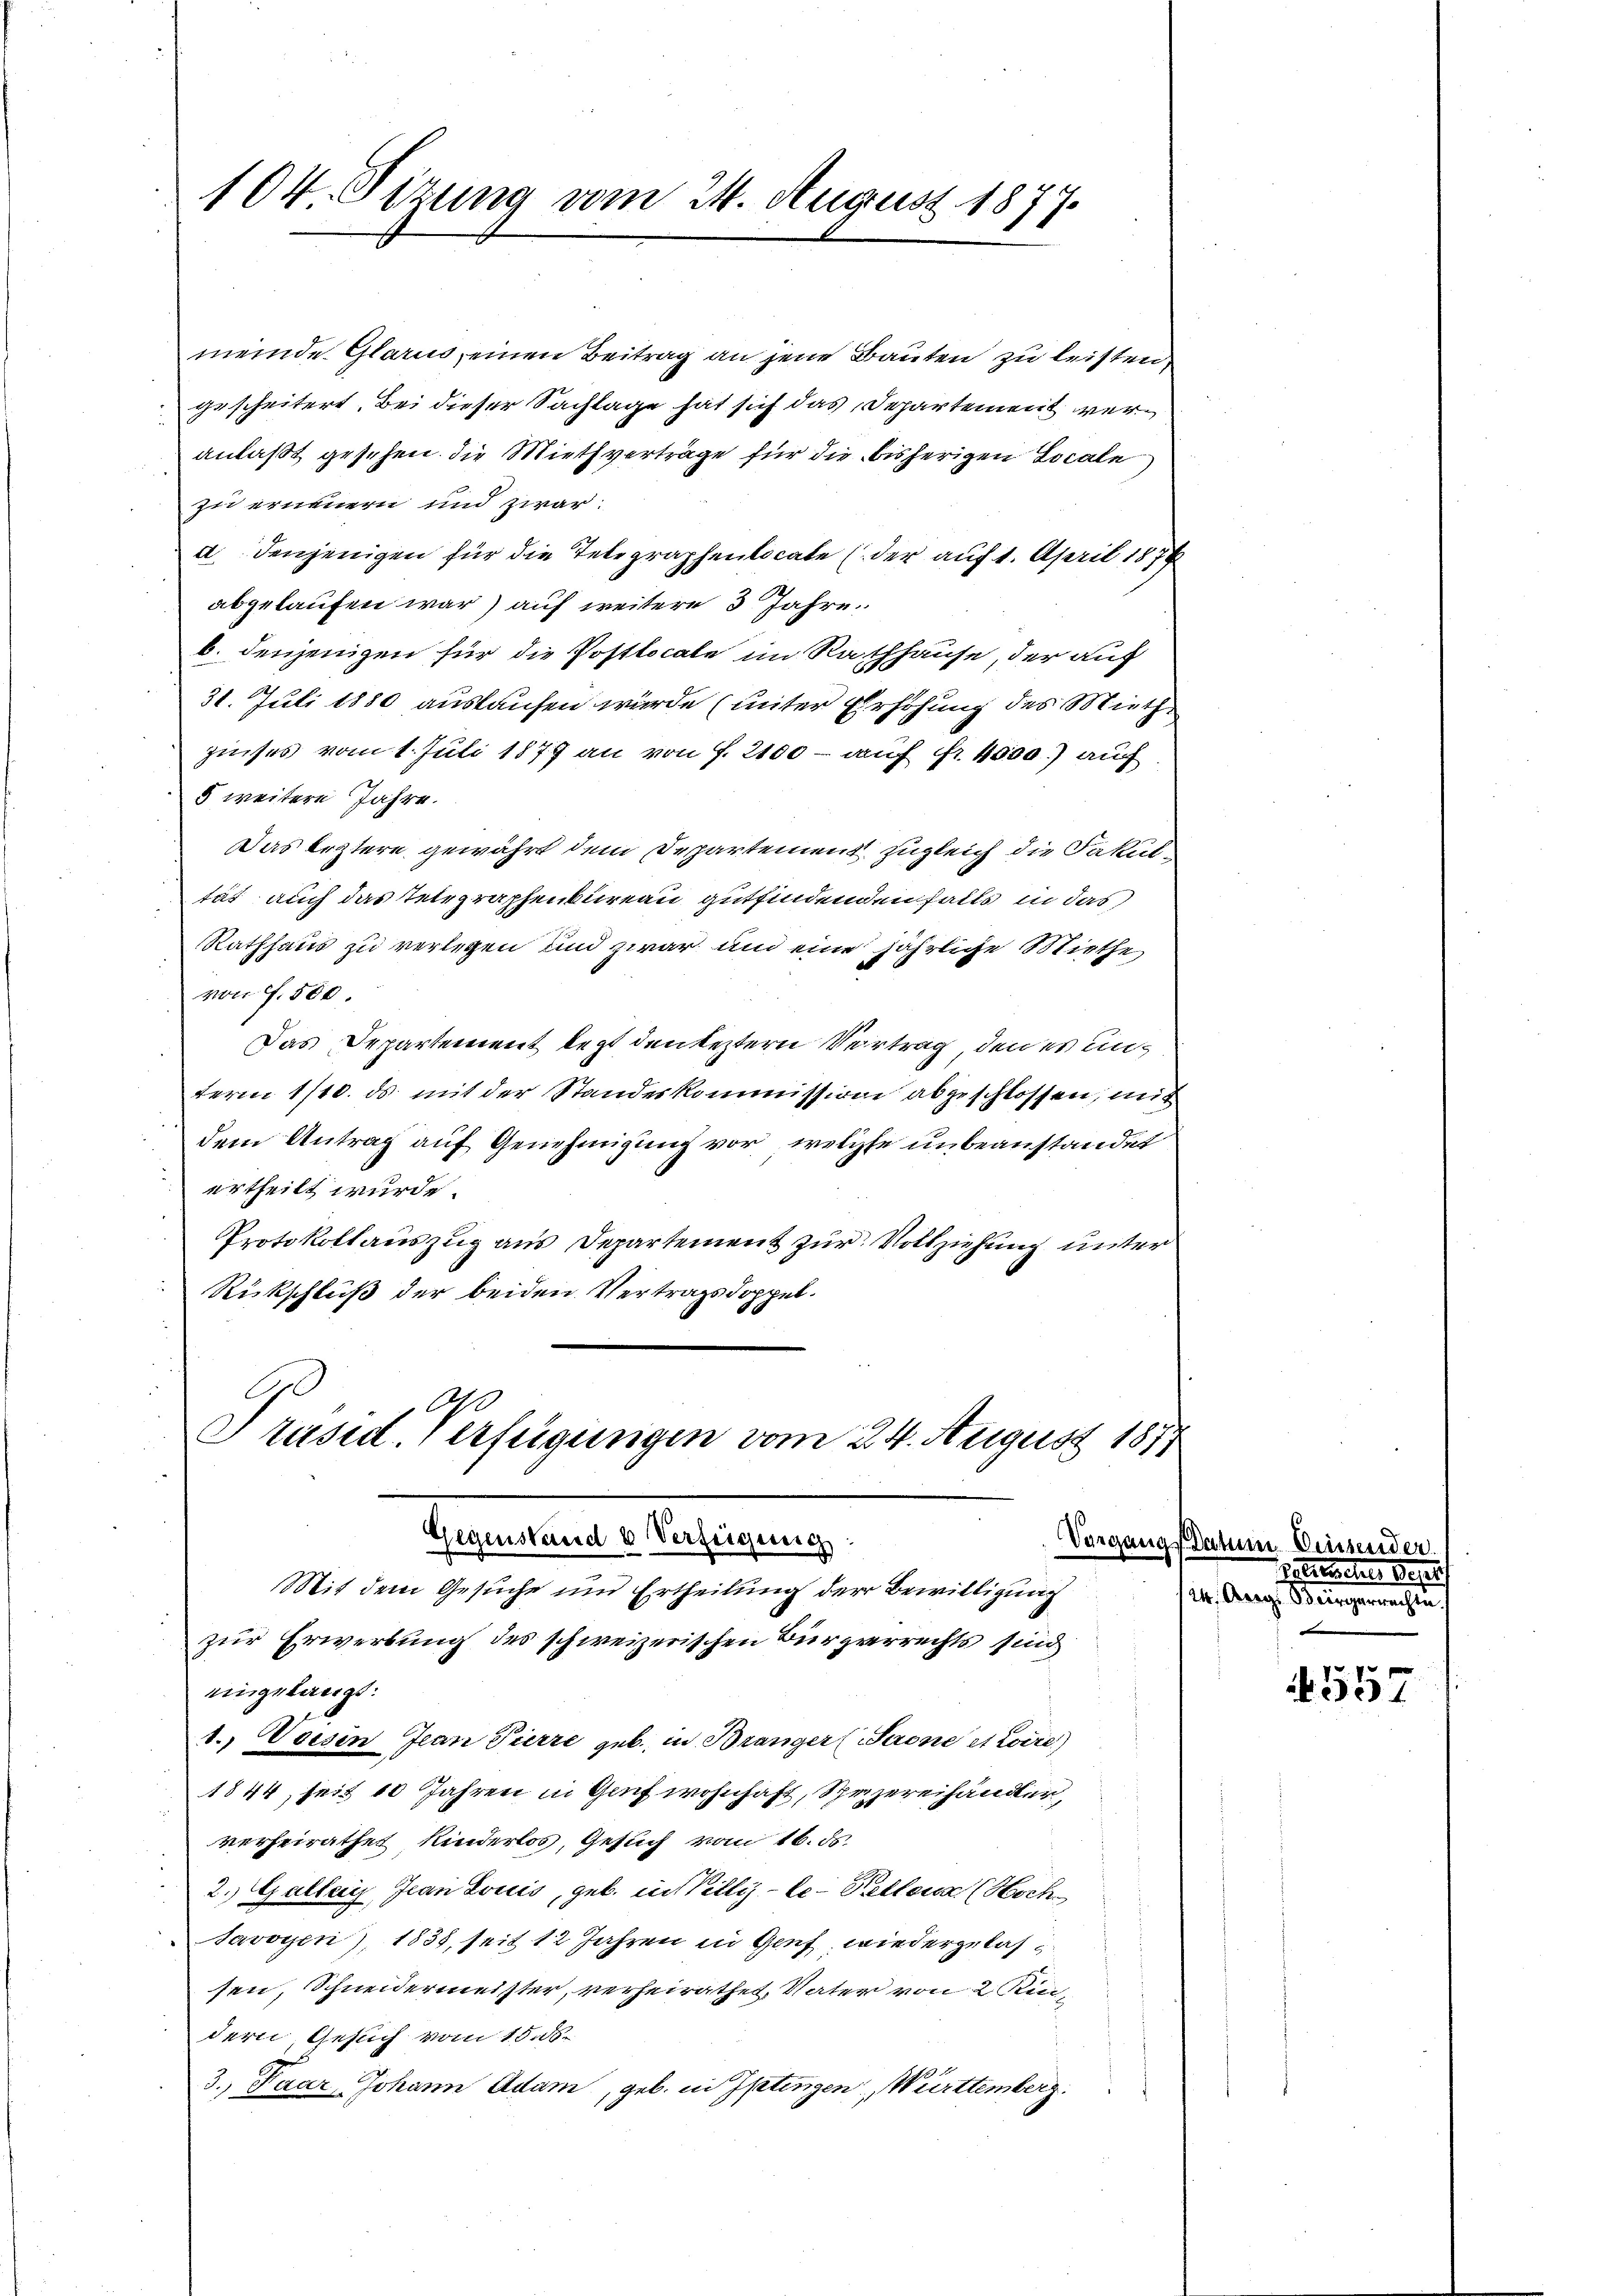
104. Sitzung vom 24. August 1877.

meinde Glarus, einen Beitrag an jene Bauten zu leisten
gescheitert. Bei dieser Sachlage hat sich das Departement weranlaßt gesehen die Miethverträge für die bisherigen Locale
zu erneuern und zwar:
a denjenigen für die Telegraphenlocate (der auf 1. April 1874
abgelaufen war) auf weitere 3 Jahre
b. denjenigen für die Postlocale im Rathhause, der auf
31. Juli 1880 auslaufen wurde (unter Erhöhung des Miethzinses vom 1. Juli 1879 an von f. 2100 - auf fr. 4000.) auf
5 weitere Jahre.
Das Erztere gewährt dem Departement zugleich die Fakultät auch das Telegraphenbureau gutfindendenfalls in das
Rathhaus zu verlegen und zwar und eine jährliche Miethe
von f. 500.
Das Departement legt denkeztern Vertrag den es unterm 1/10. ds. mit der Standeskommission abgeschlossen, mit
dem Antrag auf Genehmigung vor, welche unbeanstandet
urtheilt wurde.
Protokollauszug aus Departement zur Vollziehung unter
Rückschluß der beiden Vertragsdoppel.

Präsid. Verfügungen vom 24. August 1877
Gegenstand u Verfügung
Mit dem Gesuche und Ertheilung der Bewilligung

zur Erwerbung des schweizerischen Bürgerrechts sind
eingelangt:
1.) Voesen Jean Pierre geb. in Bränger (Saone et Loire)
1844, seit 10 Jahren in Genf wohnhaft, Spezereihändler,
verheirathet Kinderlos, Gesuch vom 16. ds.
2. Gallen, Jean Louis, geb. in Villig - le-Kelleur (Hoch
Savoyen), 1835, seit 12 Jahren in Genf, wiedergelast
sen, Schneidermeister, verheirathet, Vater von 2 Kindern, Gesuch vom 18.8.
3., Paar Johann Adam, geb. in Iptingen, Württemberg

Vorgangsdatum Diesender
rlische de
124, Aarg. Bergerrecht

557